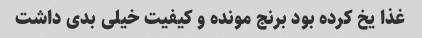
غذا یخ کرده بود برنج مونده و کیفیت خیلی بدی داشت